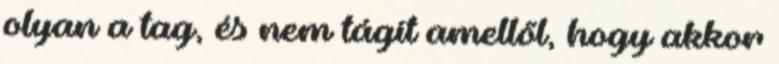
olyan a tag, és nem tágít amellől, hogy akkor